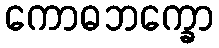
ကောဓဘက္ခော